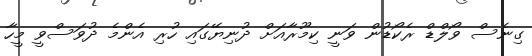
ގިނެސް ވޯލްޑް ރެކޯޑުން ވަނީ ކިމޫރާއަށް ދުނިޔޭގައި ހުރި އެންމެ ދުވަސްވީ މީހާ